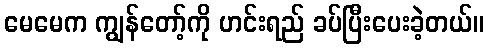
မေမေက ကျွန်တော့်ကို ဟင်းရည် ခပ်ပြီးပေးခဲ့တယ်။